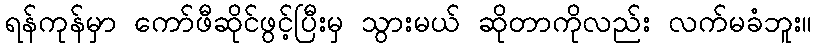
ရန်ကုန်မှာ ကော်ဖီဆိုင်ဖွင့်ပြီးမှ သွားမယ် ဆိုတာကိုလည်း လက်မခံဘူး။